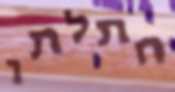
חתלתו